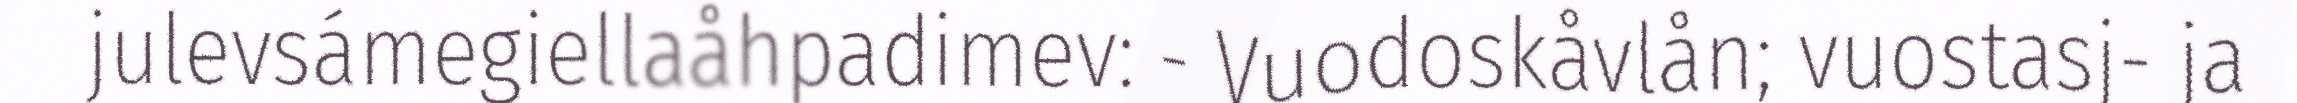
julevsámegiellaåhpadimev: - Vuodoskåvlån; vuostasj- ja